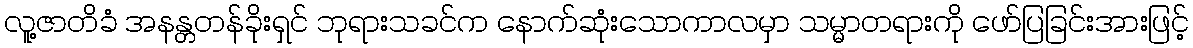
လူ့ဇာတိခံ အနန္တတန်ခိုးရှင် ဘုရားသခင်က နောက်ဆုံးသောကာလမှာ သမ္မာတရားကို ဖော်ပြခြင်းအားဖြင့်